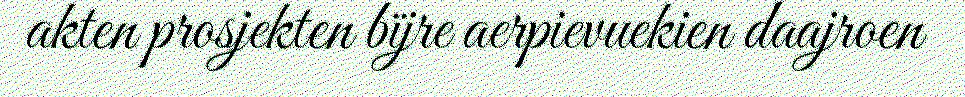
akten prosjekten bïjre aerpievuekien daajroen